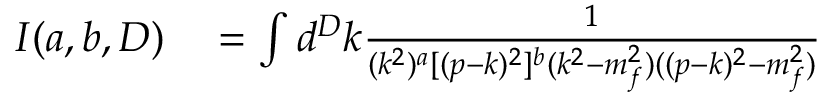
\begin{array} { r l } { I ( a , b , D ) } & { { } = \int d ^ { D } k \frac { 1 } { ( k ^ { 2 } ) ^ { a } [ ( p - k ) ^ { 2 } ] ^ { b } ( k ^ { 2 } - m _ { f } ^ { 2 } ) ( ( p - k ) ^ { 2 } - m _ { f } ^ { 2 } ) } } \end{array}